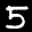
Label: 5